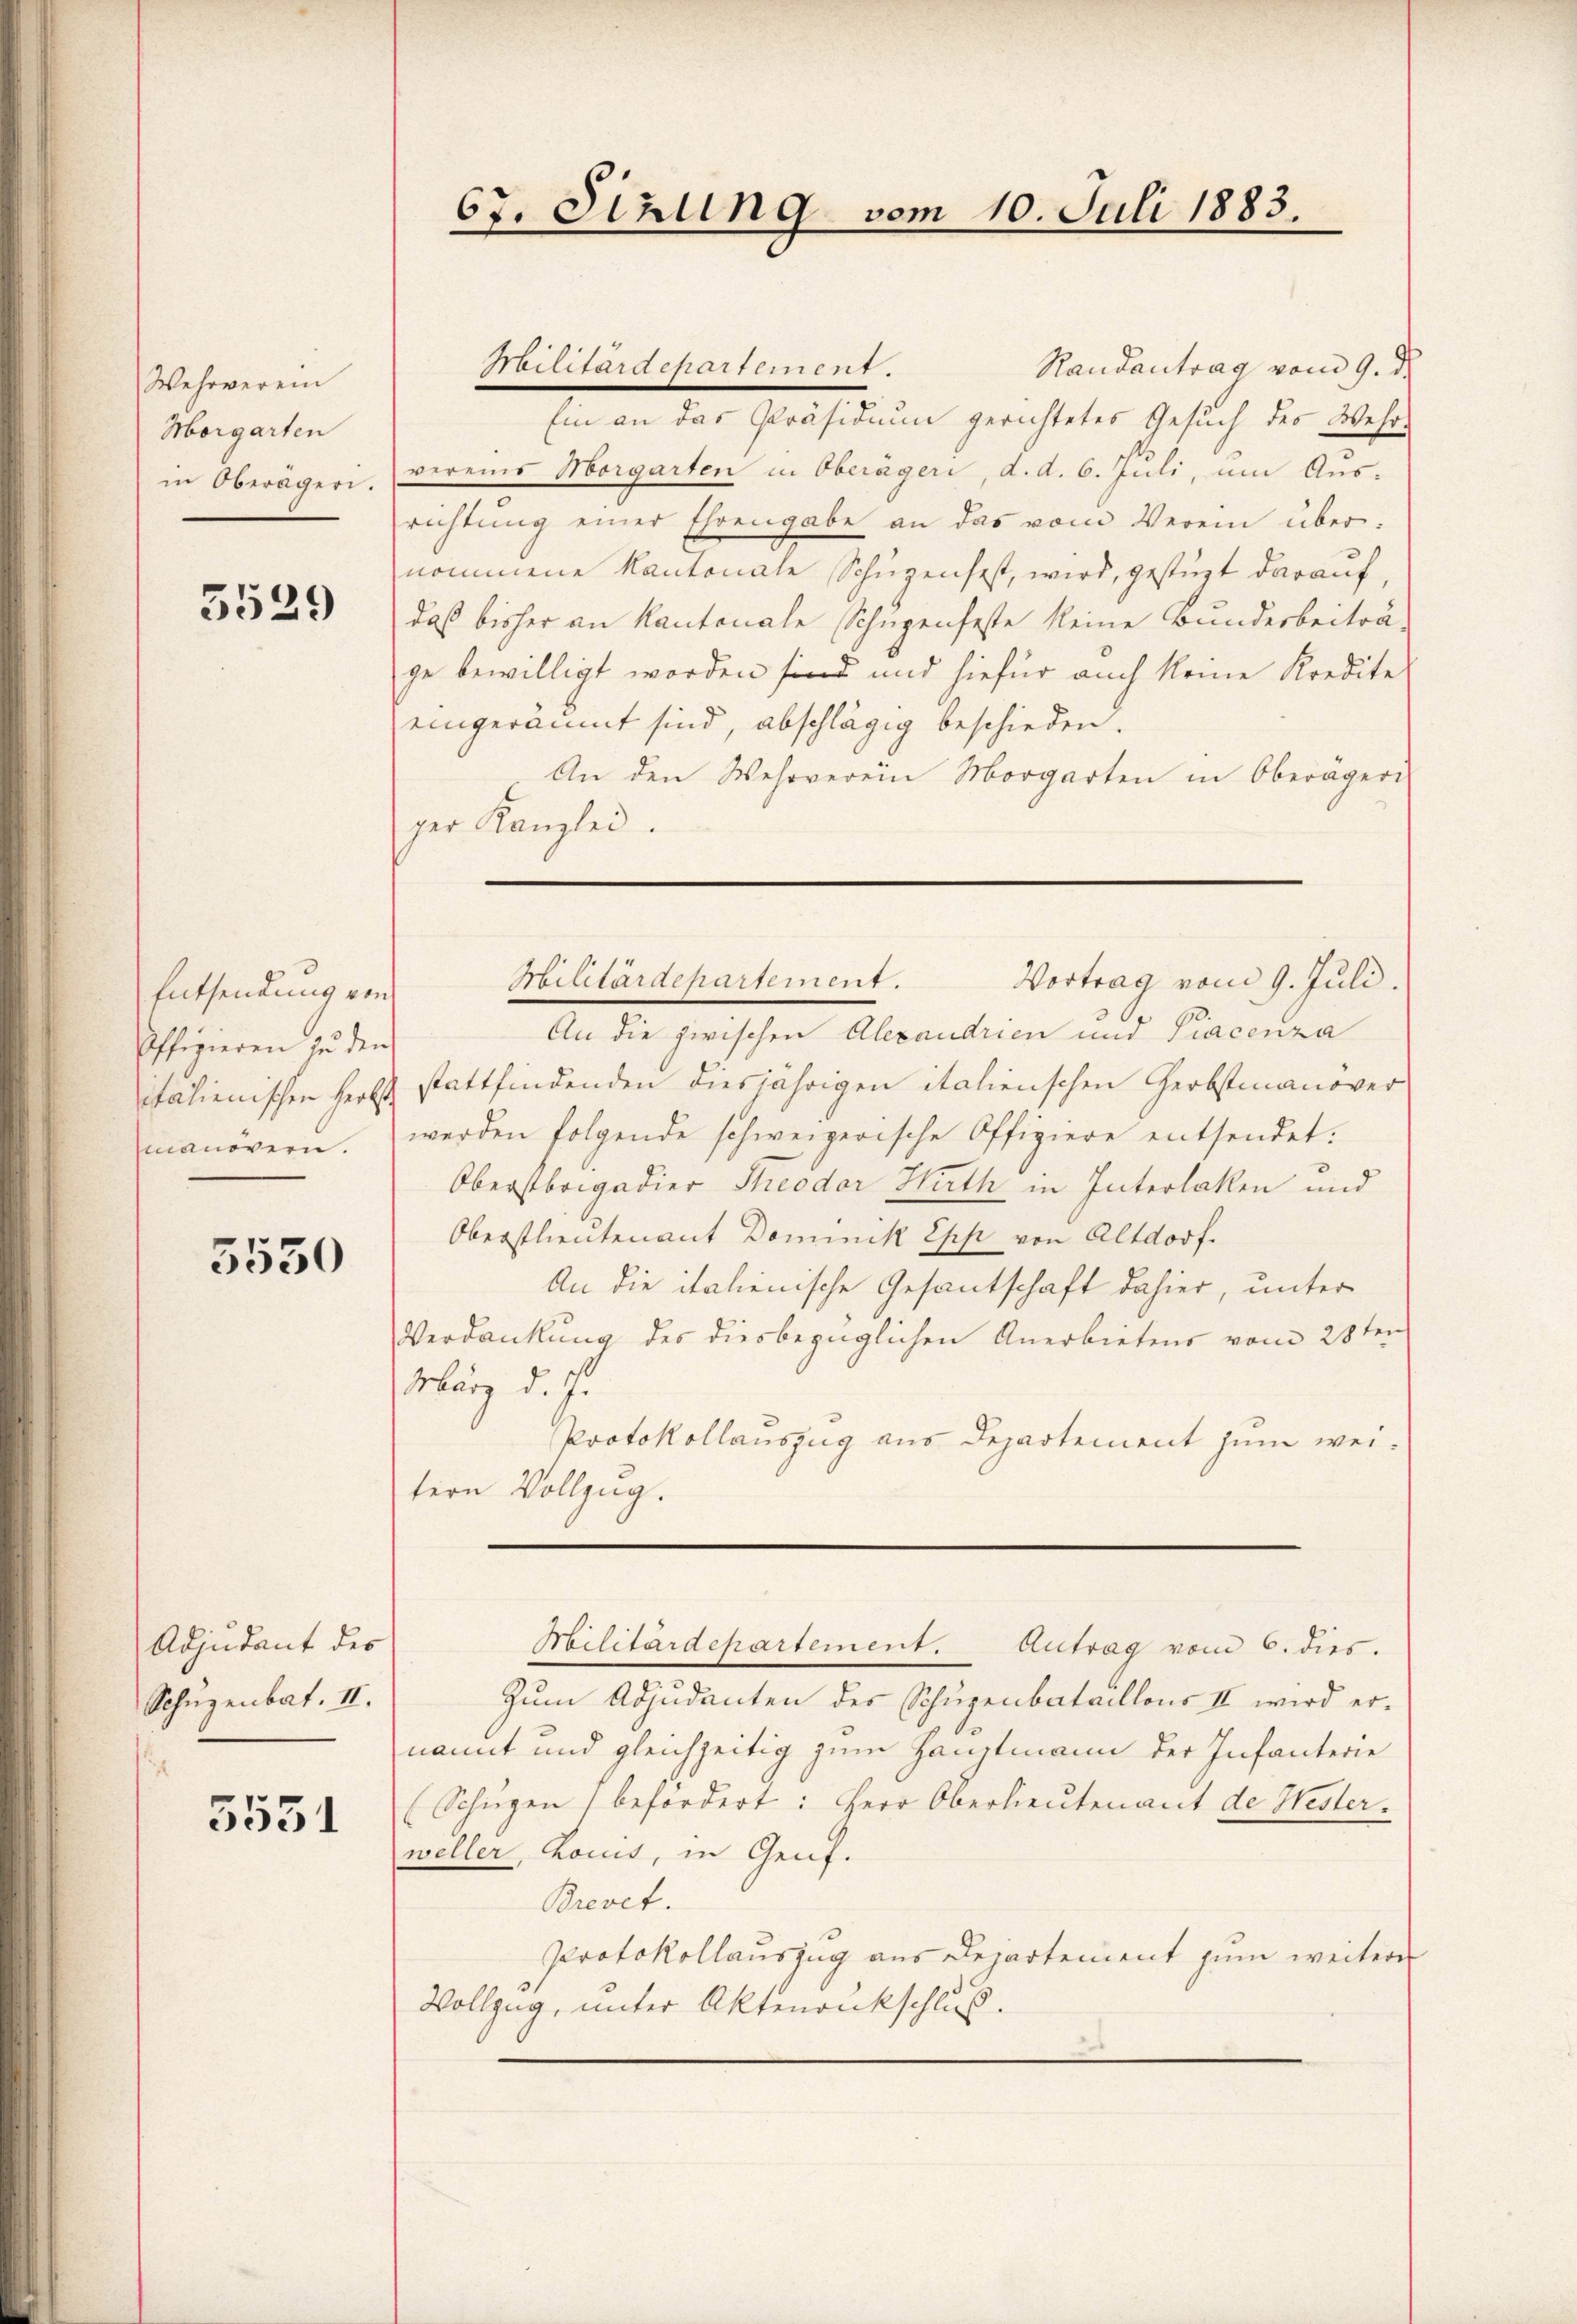
Wehrverein
Morgarten
in Oberägeri.

3529

Entsendung von
Offizieren an den
italienischen Herbst
manövern.

5550

Adjudant des
Schüzenbat. II.

5531

Militärdepartement.
Randantrag vom 9. d.
Ein an das Präsidium gerichtetes Gesuch des Wehrvereins Morgarten in Oberägeri, d. d. 6. Juli, um Aus-
richtung einer Ehrengabe an das vom Verein über:
nommene Kantonale Schüzenfest, wird, gestüzt darauf,
daß bisher an Kantonale Schupenfeste keine Bunderbeiträ-
ge bewilligt worden sind und hiefür auch keine Kredite
eingeräumt sind, abschlägig beschieden.
An den Wehrverein Morgarten in Oberägeri
ger Kanzlei.

67. Sizung vom 10. Juli 1883.

Militärdepartement.
Vortrag vom 9. Juli.
An die zwischen Alexandrien und Piacenza
stattfindenden diesjährigen italienschen Herbstmanover
werden folgende schweizerische Offiziere entsendet.
Oberstbrigadier Theodor Hirth in Interlaken und
Oberstlieutenant Dominik Epp von Altdorf.
An die italienische Gesantschaft dahier, unter
Verdankung des diesbezüglichen Anerbietens vom 28ten
März d. J.
Protokollauszug aus Departement zum weitern Vollzug.
Militärdepartement. Antrag vom 6. dies.
Zum Adjudanten des Schupenbataillons III wird ernannt und gleichzeitig zum Hauptmann der Infanterie
Schiegen (befordert: Herr Oberlieutenant de Westerweller, Chois, in Genf.
Brevet.
Protokollauszug aus Departement zum weitere
Vollzug, unter Aktenrukschluß.